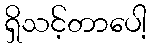
ရှိသင့်တာပေါ့